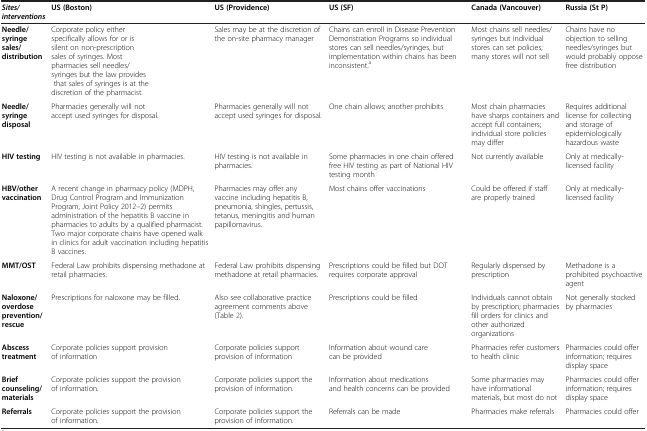
| Sites/interventions | US (Boston) | US (Providence) | US (SF) | Canada (Vancouver) | Russia (St P) |
 | --- | --- | --- | --- | --- | --- |
 | Needle/syringe sales/distribution | Corporate policy either specifically allows for or is silent on non-prescription sales of syringes. Most pharmacies sell needles/syringes but the law provides that sales of syringes is at the discretion of the pharmacist. | Sales may be at the discretion of the on-site pharmacy manager | Chains can enroll in Disease Prevention Demonstration Programs so individual stores can sell needles/syringes, but implementation within chains has been inconsistent.a | Most chains sell needles/syringes but individual stores can set policies; many stores will not sell | Chains have no objection to selling needles/syringes but would probably oppose free distribution |
 | Needle/syringe disposal | Pharmacies generally will not accept used syringes for disposal. | Pharmacies generally will not accept used syringes for disposal. | One chain allows; another prohibits | Most chain pharmacies have sharps containers and accept full containers; individual store policies may differ | Requires additional license for collecting and storage of epidemiologically hazardous waste |
 | HIV testing | HIV testing is not available in pharmacies. | HIV testing is not available in pharmacies. | Some pharmacies in one chain offered free HIV testing as part of National HIV testing month | Not currently available | Only at medically-licensed facility |
 | HBV/other vaccination | A recent change in pharmacy policy (MDPH, Drug Control Program and Immunization Program, Joint Policy 2012–2) permits administration of the hepatitis B vaccine in pharmacies to adults by a qualified pharmacist. Two major corporate chains have opened walk in clinics for adult vaccination including hepatitis B vaccines. | Pharmacies may offer any vaccine including hepatitis B, pneumonia, shingles, pertussis, tetanus, meningitis and human papillomavirus. | Most chains offer vaccinations | Could be offered if staff are properly trained | Only at medically-licensed facility |
 | MMT/OST | Federal Law prohibits dispensing methadone at retail pharmacies. | Federal Law prohibits dispensing methadone at retail pharmacies. | Prescriptions could be filled but DOT requires corporate approval | Regularly dispensed by prescription | Methadone is a prohibited psychoactive agent |
 | Naloxone/overdose prevention/rescue | Prescriptions for naloxone may be filled. | Also see collaborative practice agreement comments above (Table 2). | Prescriptions could be filled | Individuals cannot obtain by prescription; pharmacies fill orders for clinics and other authorized organizations | Not generally stocked by pharmacies |
 | Abscess treatment | Corporate policies support provision of information | Corporate policies support provision of information | Information about wound care can be provided | Pharmacies refer customers to health clinic | Pharmacies could offer information; requires display space |
 | Brief counseling/materials | Corporate policies support the provision of information. | Corporate policies support the provision of information. | Information about medications and health concerns can be provided | Some pharmacies may have informational materials, but most do not | Pharmacies could offer information; requires display space |
 | Referrals | Corporate policies support the provision of information. | Corporate policies support the provision of information. | Referrals can be made | Pharmacies make referrals | Pharmacies could offer |